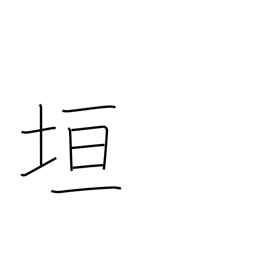
Meaning: wall